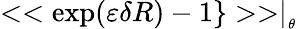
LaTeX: <<\exp(\varepsilon\delta R)-1\} >>\mid_{_{\theta}}